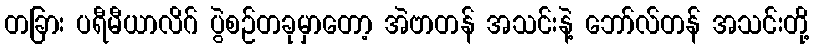
တခြား ပရီမီယာလိဂ် ပွဲစဉ်တခုမှာတော့ အဲဗာတန် အသင်းနဲ့ ဘော်လ်တန် အသင်းတို့